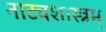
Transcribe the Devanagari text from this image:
नाट्यशास्त्रम्